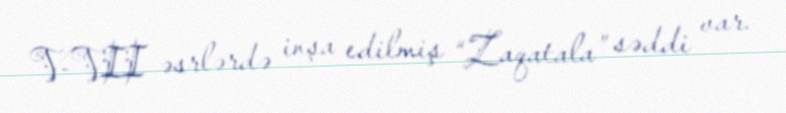
V-VII əsrlərdə inşa edilmiş “Zaqatala” səddi var.